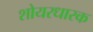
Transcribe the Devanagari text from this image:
शोयरधारक